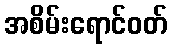
အစိမ်းရောင်ဝတ်